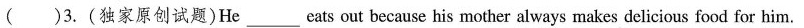
( )3.(独家原创试题)He___eats out because his mother always makes delicious food for him.